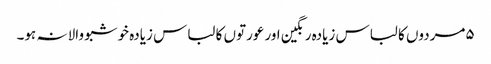
۵مردوں کا لباس زیادہ رنگین اور عورتوں کا لباس زیادہ خوشبو والا نہ ہو۔